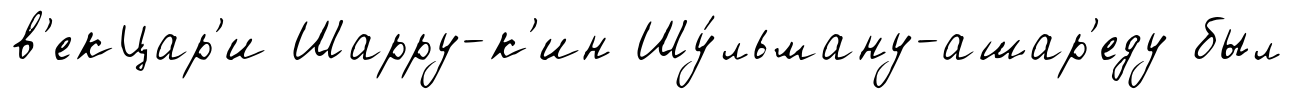
в'екЦар'и Шарру-к'ин Шу́льману-ашар'еду был